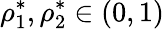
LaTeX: \rho_{1}^{*},\rho_{2}^{*}\in(0,1)